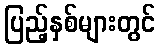
ပြည့်နှစ်များတွင်